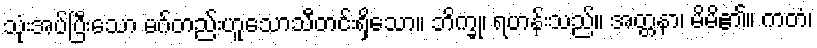
သုံးအပ်ပြီးသော မဂ်တည်းဟူသောသီတင်းရှိသော။ ဘိက္ခု၊ ရဟန်းသည်။ အတ္တနာ၊ မိမိ၏။ ကတံ၊